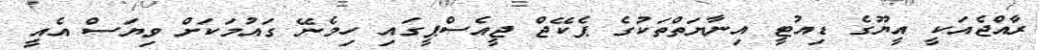
ރާއްޖެއަކީ އީޔޫގެ ޑިއުޓީ އިނާޔަތްތަކުގެ ޕެކޭޖް ޖީއެސްޕީގައި ހިމެނޭ ގައުމަކަށް ވިޔަސް އެއީ